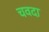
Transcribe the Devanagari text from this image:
चवदा